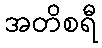
အတိစရီ